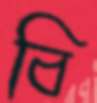
বি